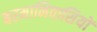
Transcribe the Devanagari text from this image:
बरमानिवासियों